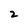
Character: 2